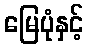
မြေပုံနှင့်